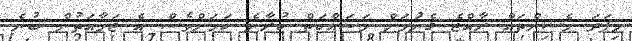
މިފަދަ މެޝިންތައް ރާއްޖެ ގެނަުމަށް މަސައްކަތް ކުރާނެ ކަމަށްވެސް އެ ޖަމާއަތުން ބުނެ